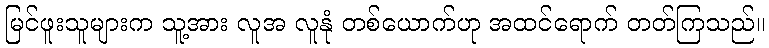
မြင်ဖူးသူများက သူ့အား လူအ လူနုံ တစ်ယောက်ဟု အထင်ရောက် တတ်ကြသည်။